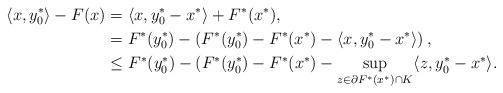
LaTeX: \begin{align*} \langle x, y_0^*\rangle - F(x) &= \langle x, y_0^*-x^*\rangle + F^*(x^*),\\ &=F^*(y_0^*) - \left( F^*(y_0^*)- F^*(x^*) - \langle x, y^*_0-x^*\rangle \right),\\ &\leq F^*(y_0^*) - (F^*(y_0^*) - F^*(x^*)- \sup_{z \in \partial F^*(x^*)\cap K}\langle z, y^*_0 - x^*\rangle.\end{align*}